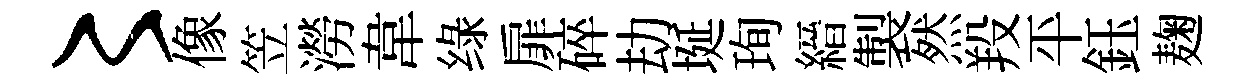
〻像笠澇韋绿扉碎劫埏珣縉製然羖平鈺麹